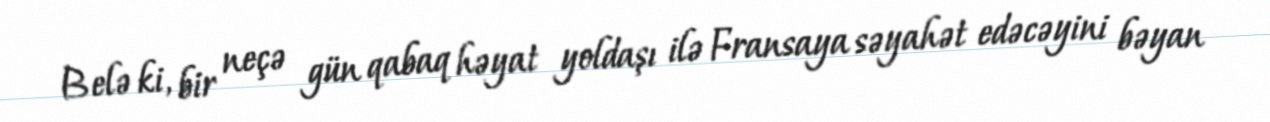
Belə ki, bir neçə gün qabaq həyat yoldaşı ilə Fransaya səyahət edəcəyini bəyan